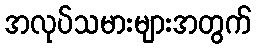
အလုပ်သမားများအတွက်